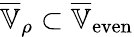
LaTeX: \overline{{\mathbb{V}}}_{\rho}\subset\overline{{\mathbb{V}}}_{\mathrm{even}}